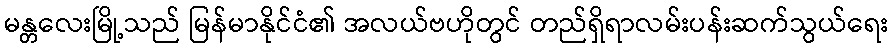
မန္တလေးမြို့သည် မြန်မာနိုင်ငံ၏ အလယ်ဗဟိုတွင် တည်ရှိရာလမ်းပန်းဆက်သွယ်ရေး